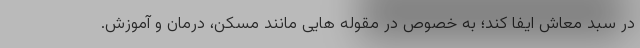
در سبد معاش ایفا کند؛ به خصوص در مقوله هایی مانند مسکن، درمان و آموزش.